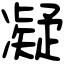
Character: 凝